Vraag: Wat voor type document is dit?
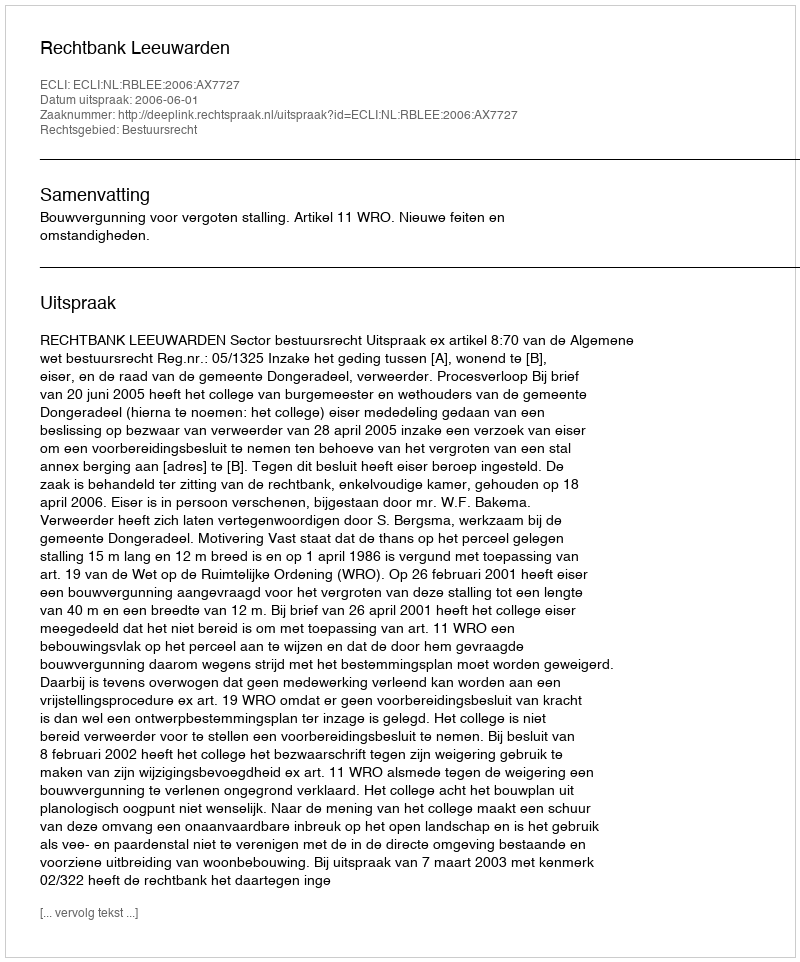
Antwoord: Uitspraak